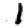
Digit: 1